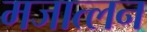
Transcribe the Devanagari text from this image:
मजात्लन